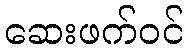
ဆေးဖက်ဝင်